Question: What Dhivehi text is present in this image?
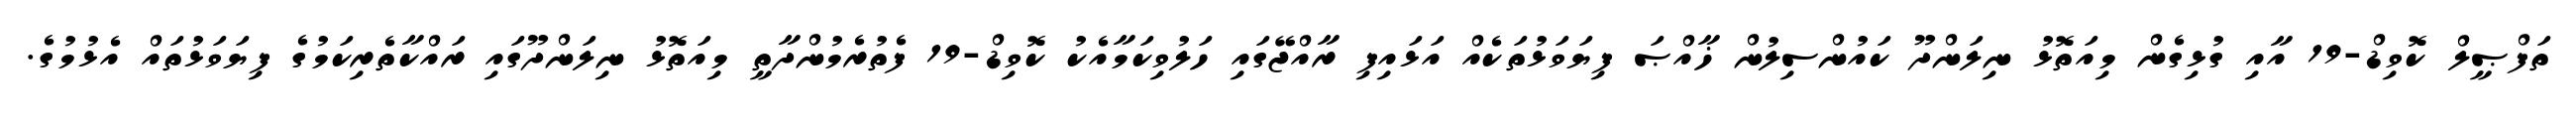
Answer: ތަފްޞީލް ކޮވިޑް-19 އާއި ގުޅިގެން މިއަތޮޅު ނިލަންދޫ ކައުންސިލުން ޚާއްޞަ ފިޔަވަޅުތަކެއް އަޅައިފި ރާއްޖޭގައި ހަލުވިކަމާއެކު ކޮވިޑް-19 ފެތުރެމުންދާތީ މިއަތޮޅު ނިލަންދޫގައި ރައްކާތެރިކަމުގެ ފިޔަވަޅުތައް އެޅުމުގެ.